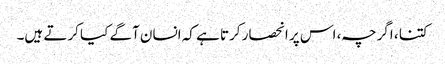
کتنا ، اگرچہ ، اس پر انحصار کرتا ہے کہ انسان آگے کیا کرتے ہیں۔